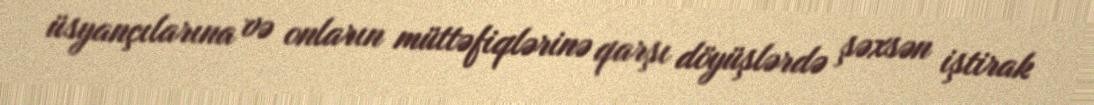
üsyançılarına və onların müttəfiqlərinə qarşı döyüşlərdə şəxsən iştirak